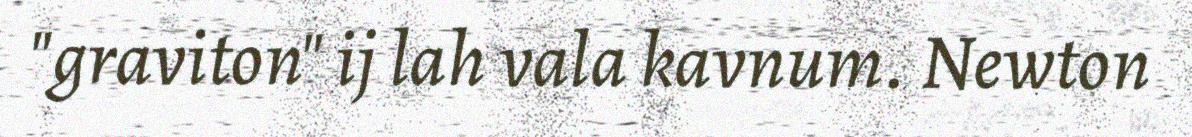
"graviton" ij lah vala kavnum. Newton